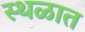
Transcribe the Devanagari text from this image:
स्थळात